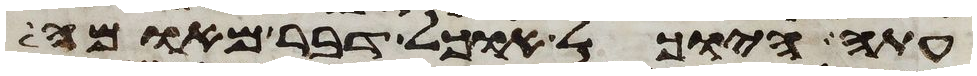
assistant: עתה היוכל אוכל דבר מאומה